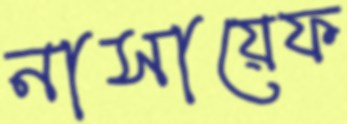
নাসায়েফ